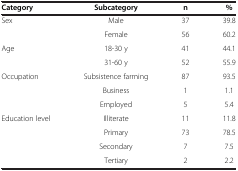
| Category | Subcategory | n | % |
 | --- | --- | --- | --- |
 | Sex | Male | 37 | 39.8 |
 |  | Female | 56 | 60.2 |
 | Age | 18-30 y | 41 | 44.1 |
 |  | 31-60 y | 52 | 55.9 |
 | Occupation | Subsistence farming | 87 | 93.5 |
 |  | Business | 1 | 1.1 |
 |  | Employed | 5 | 5.4 |
 | Education level | Illiterate | 11 | 11.8 |
 |  | Primary | 73 | 78.5 |
 |  | Secondary | 7 | 7.5 |
 |  | Tertiary | 2 | 2.2 |